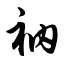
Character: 衲